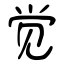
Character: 觉